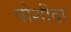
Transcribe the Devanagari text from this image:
पोशीदा